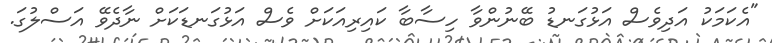
"އެކަމަކު އަދިވެސް އަޅުގަނޑު ބޭނުންވާ ހިސާބާ ކައިރިއަކަށް ވެސް އަޅުގަނޑަކަށް ނާދެވޭ އަސްލުގަ.